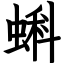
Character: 蝌